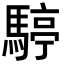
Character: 𩤙